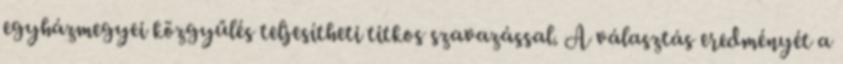
egyházmegyei közgyűlés teljesítheti titkos szavazással. A választás eredményét a